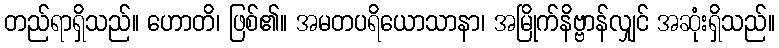
တည်ရာရှိသည်။ ဟောတိ၊ ဖြစ်၏။ အမတပရိယောသာနာ၊ အမြိုက်နိဗ္ဗာန်လျှင် အဆုံးရှိသည်။